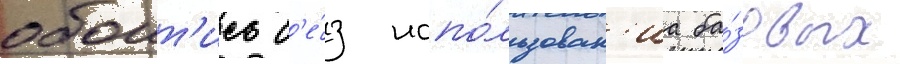
обоит'ись б'е́з испо́льзован'иа ба́зовых